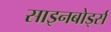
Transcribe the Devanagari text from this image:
साइनबोर्ड्स